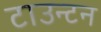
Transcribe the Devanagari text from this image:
टाउन्टन